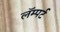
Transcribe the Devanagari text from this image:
लॅम्पर्ट